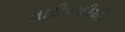
નારીવાદીઓ